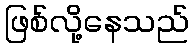
ဖြစ်လို့နေသည်